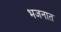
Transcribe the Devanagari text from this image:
भजनात